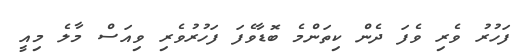
ފަހުރު ވެރި ވެފަ ދެން ކިތަންމެ ބޮޑާވެފަ ފަހުރުވެރި ވިއަސް މާލެ މިއީ